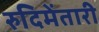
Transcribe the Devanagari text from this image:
रुदिमेंतारी